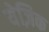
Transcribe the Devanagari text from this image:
येज़िक